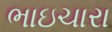
ભાઇચારા